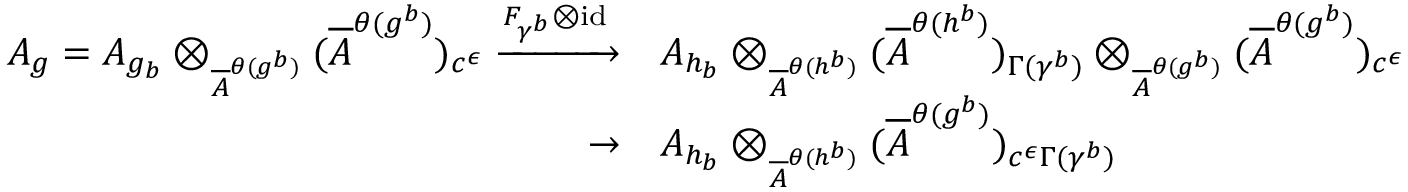
\begin{array} { r l } { A _ { g } = A _ { g _ { b } } \otimes _ { \overline { { A } } ^ { \theta ( g ^ { b } ) } } ( \overline { { A } } ^ { \theta ( g ^ { b } ) } ) _ { c ^ { \epsilon } } \xrightarrow { F _ { \gamma ^ { b } } \otimes \operatorname { i d } } } & { A _ { h _ { b } } \otimes _ { \overline { { A } } ^ { \theta ( h ^ { b } ) } } ( \overline { { A } } ^ { \theta ( h ^ { b } ) } ) _ { \Gamma ( \gamma ^ { b } ) } \otimes _ { \overline { { A } } ^ { \theta ( g ^ { b } ) } } ( \overline { { A } } ^ { \theta ( g ^ { b } ) } ) _ { c ^ { \epsilon } } } \\ { \to } & { A _ { h _ { b } } \otimes _ { \overline { { A } } ^ { \theta ( h ^ { b } ) } } ( \overline { { A } } ^ { \theta ( g ^ { b } ) } ) _ { c ^ { \epsilon } \Gamma ( \gamma ^ { b } ) } } \end{array}